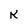
Character: K